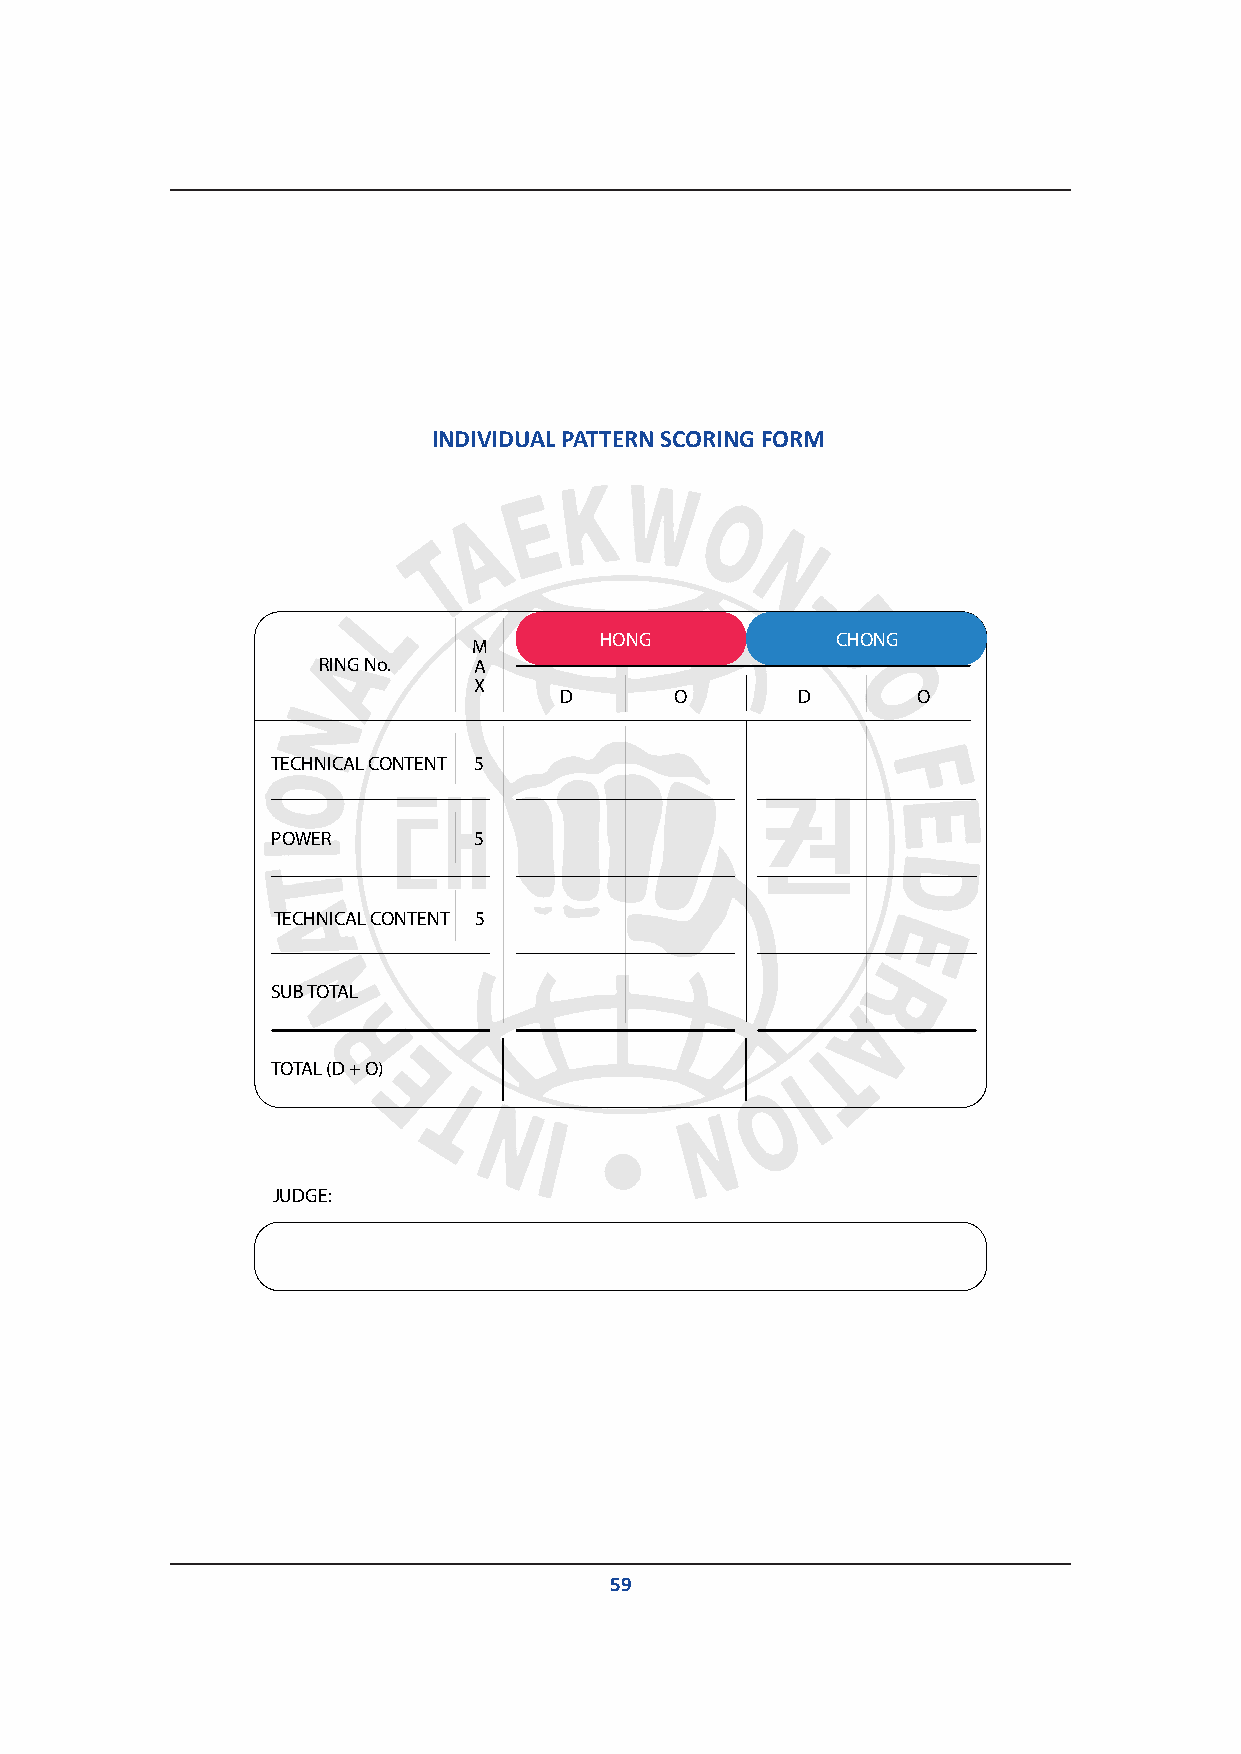
INDIVIDUAL PATTERN SCORING FORM
 INDIVIDUAL PATTERN SCORING FORM
 M        HONG           CHONG
 RING No.  A
 X
 D       O       D       O
 TECHNICAL CONTENT 5
 POWER        5
 TECHNICAL CONTENT 5
 SUB TOTAL
 TOTAL (D + O)
 JUDGE:
 59